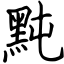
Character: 黗